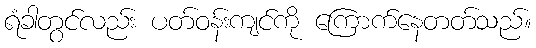
ရံခါတွင်လည်း ပတ်ဝန်းကျင်ကို ကြောက်နေတတ်သည်။